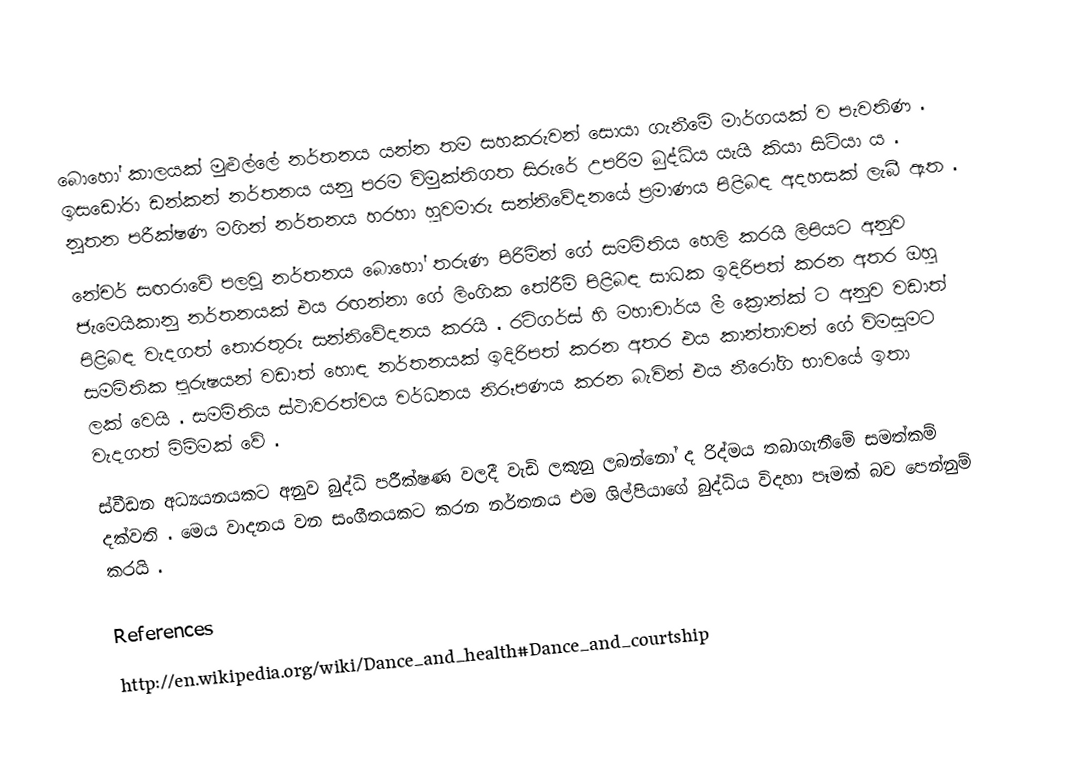
බොහෝ කාලයක් මුළුල්ලේ නර්තනය යන්න තම සහකරුවන් සොයා ගැනීමේ මාර්ගයක් ව පැවතිණ . ඉසඩෝරා ඩන්කන් නර්තනය යනු පරම විමුක්තිගත සිරුරේ උපරිම බුද්ධිය යැයි කියා සිටියා ය . නූතන පරීක්ෂණ මගින් නර්තනය හරහා හුවමාරු සන්නිවේදනයේ ප‍්‍රමාණය පිළිබඳ අදහසක් ලැබී ඇත .
නේචර් සඟරාවේ පලවූ නර්තනය බොහෝ තරුණ පිරිමින් ගේ සමමිතිය හෙලි කරයි ලිපියට අනුව ජැමෙයිකානු නර්තනයක් එය රඟන්නා ගේ ලිංගික තේරීම් පිළිබඳ සාධක ඉදිරිපත් කරන අතර ඔහු පිළිබඳ වැදගත් තොරතුරු සන්නිවේදනය කරයි . රට්ගර්ස් හි මහාචාර්ය ලී ක්‍රොන්ක් ට අනුව වඩාත් සමමිතික පුරුෂයන් වඩාත් හොඳ නර්තනයක් ඉදිරිපත් කරන අතර එය කාන්තාවන් ගේ විමසුමට ලක් වෙයි . සමමිතිය ස්ථාවරත්වය වර්ධනය නිරූපණය කරන බැවින් එය නීරෝගි භාවයේ ඉතා වැදගත් මිම්මක් වේ .
ස්වීඩන අධ්‍යයනයකට අනුව බුද්ධි පරීක්ෂණ වලදී වැඩි ලකුනු ලබන්නෝ ද රිද්මය තබාගැනීමේ සමත්කම් දක්වති .  මෙය වාදනය වන සංගීතයකට කරන නර්තනය එම ශිල්පියාගේ බුද්ධිය විදහා පෑමක් බව පෙන්නුම් කරයි .

References
http://en.wikipedia.org/wiki/Dance_and_health#Dance_and_courtship